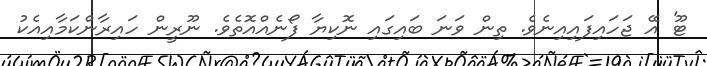
ޓޫ' އޭ ޖަހައިފައިއިނެވެ. ތިން ވަނަ ބައިގައި ނޮކިޔާ ފޯނެއްއޮތެވެ. ނޫރީން ހައިރާންކަމާއިއެކު